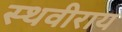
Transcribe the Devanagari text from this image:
स्थवीराय